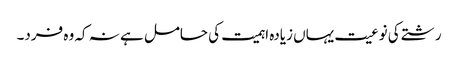
رشتے کی نوعیت یہاں زیادہ اہمیت کی حامل ہے نہ کہ وہ فرد۔